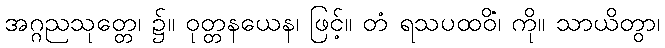
အဂ္ဂညသုတ္တေ၊ ၌။ ဝုတ္တနယေန၊ ဖြင့်။ တံ ရသပထဝိံ၊ ကို။ သာယိတွာ၊